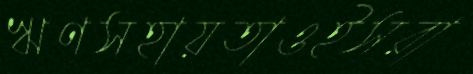
ঋণসহায়তাওইসরা